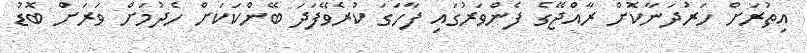
އިތުރަށް ހަރުދަނާކޮށް ރާއްޖޭގެ ފެންވަރުގައި ފާހަގަ ކުރެވޭފަދަ ބޭންކަކަށް ހެދުމަށް ވަރަށް ބޮޑު